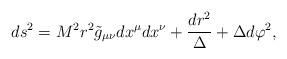
LaTeX: \begin{align*}ds^{2}=M^{2}r^{2}{\tilde g}_{\mu\nu}dx^{\mu}dx^{\nu}+\frac{dr^2}{\Delta}+{\Delta}d{\varphi^{2}},\end{align*}